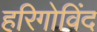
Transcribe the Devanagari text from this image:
हरिगोविंद